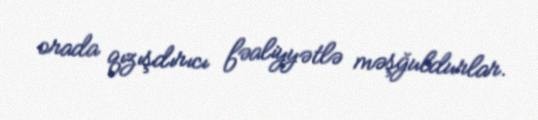
orada qızışdırıcı fəaliyyətlə məşğuldurlar.